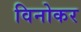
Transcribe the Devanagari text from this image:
विनोकर